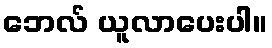
ဘေလ် ယူလာပေးပါ။